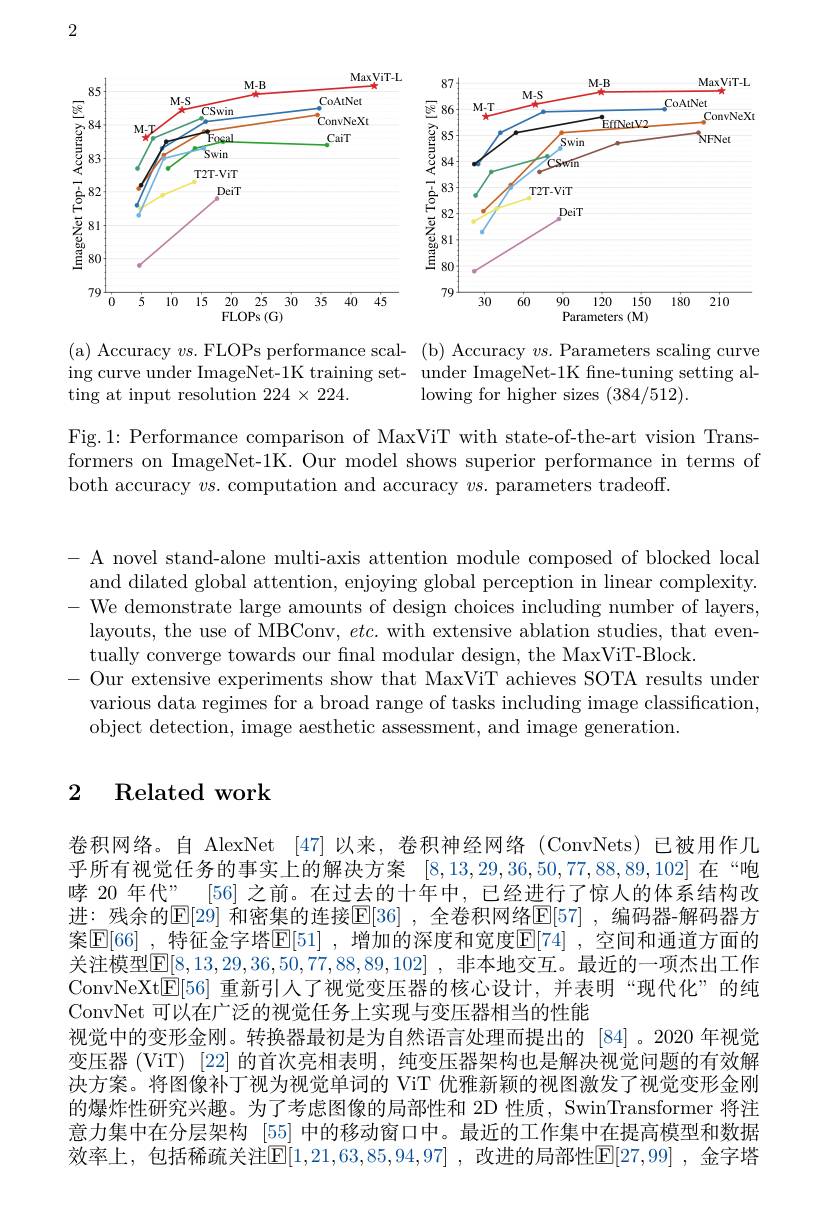
2

<FigureHere>

(a) Accuracy $v$s.FLOPs performance scal- (b) Accuracy $vs.$ Parameters scaling curve ing curve under ImageNet-1K training set- under ImageNet-1K fne-tuning setting alting at input resolution 224 × 224.
lowing for higher sizes (384/512).

Fig.1: Performance comparison of MaxViT with state-of-the-art vision Transformers on ImageNet-1K. Our model shows superior performance in terms of both accuracy $vs.$ computation and accuracy $vs.$ parameters tradeoff.

- A novel stand-alone multi-axis attention module composed of blocked local
and dilated global attention, enjoying global perception in linear complexity. - We demonstrate large amounts of design choices including number of layers,
layouts, the use of MBConv, $etc.$ with extensive ablation studies, that even-
tually converge towards our final modular design, the MaxViT-Block.
- Our extensive experiments show that MaxViT achieves SOTA results under various data regimes for a broad range of tasks including image classification, object detection, image aesthetic assessment, and image generation.

## $\begin{array}{cc}2&\text{Related work}\end{array}$

卷积网络。自 AlexNet [47]以来，卷积神经网络(ConvNets)已被用作几乎所有视觉任务的事实上的解决方案[8,13,29,36,50,77,88,89,102]在“咆哮 20 年代”\_[56] 之前。在过去的十年中，已经进行了惊人的体系结构改进：残余的$\mathbb{E}[29]$ 和密集的连接$\mathbb{E}[36]$ ,全卷积网络$\mathbb{E}[57]$ ,编码器-解码器方案$\boxed{\mathrm{E}[66]}$ ,特征金字塔$\mathbb{E}[51]$ ,增加的深度和宽度$\boxed{\mathrm{E}[74]}$ ,空间和通道方面的关注模型$\underline{\mathrm{E}}[8,13,29,36,50,77,88,89,102]$ ,非本地交互。最近的一项杰出工作ConvNeXt$\boxed{\mathrm{E}}[56]$重新引人了视觉变压器的核心设计，并表明“现代化”的纯ConvNet 可以在广泛的视觉任务上实现与变压器相当的性能
视觉中的变形金刚。转换器最初是为自然语言处理而提出的 [84]。2020 年视觉变压器 (ViT) [22] 的首次亮相表明，纯变压器架构也是解决视觉问题的有效解决方案。将图像补丁视为视觉单词的 ViT 优雅新颖的视图激发了视觉变形金刚的爆炸性研究兴趣。为了考虑图像的局部性和 2D 性质，SwinTransformer 将注意力集中在分层架构$\lceil55\rceil$中的移动窗口中。最近的工作集中在提高模型和数据效率上，包括稀疏关注$\mathbb{E}[1,21,63,85,94,97]$ ,改进的局部性$\mathbb{E}[27,99]$ ,金字塔